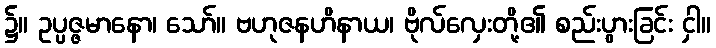
၌။ ဥပ္ပဇ္ဇမာနော၊ သော်။ ဗဟုဇနဟိနာယ၊ ဗိုလ်လှေးတို့၏ စည်းပွားခြင်း ငှါ။